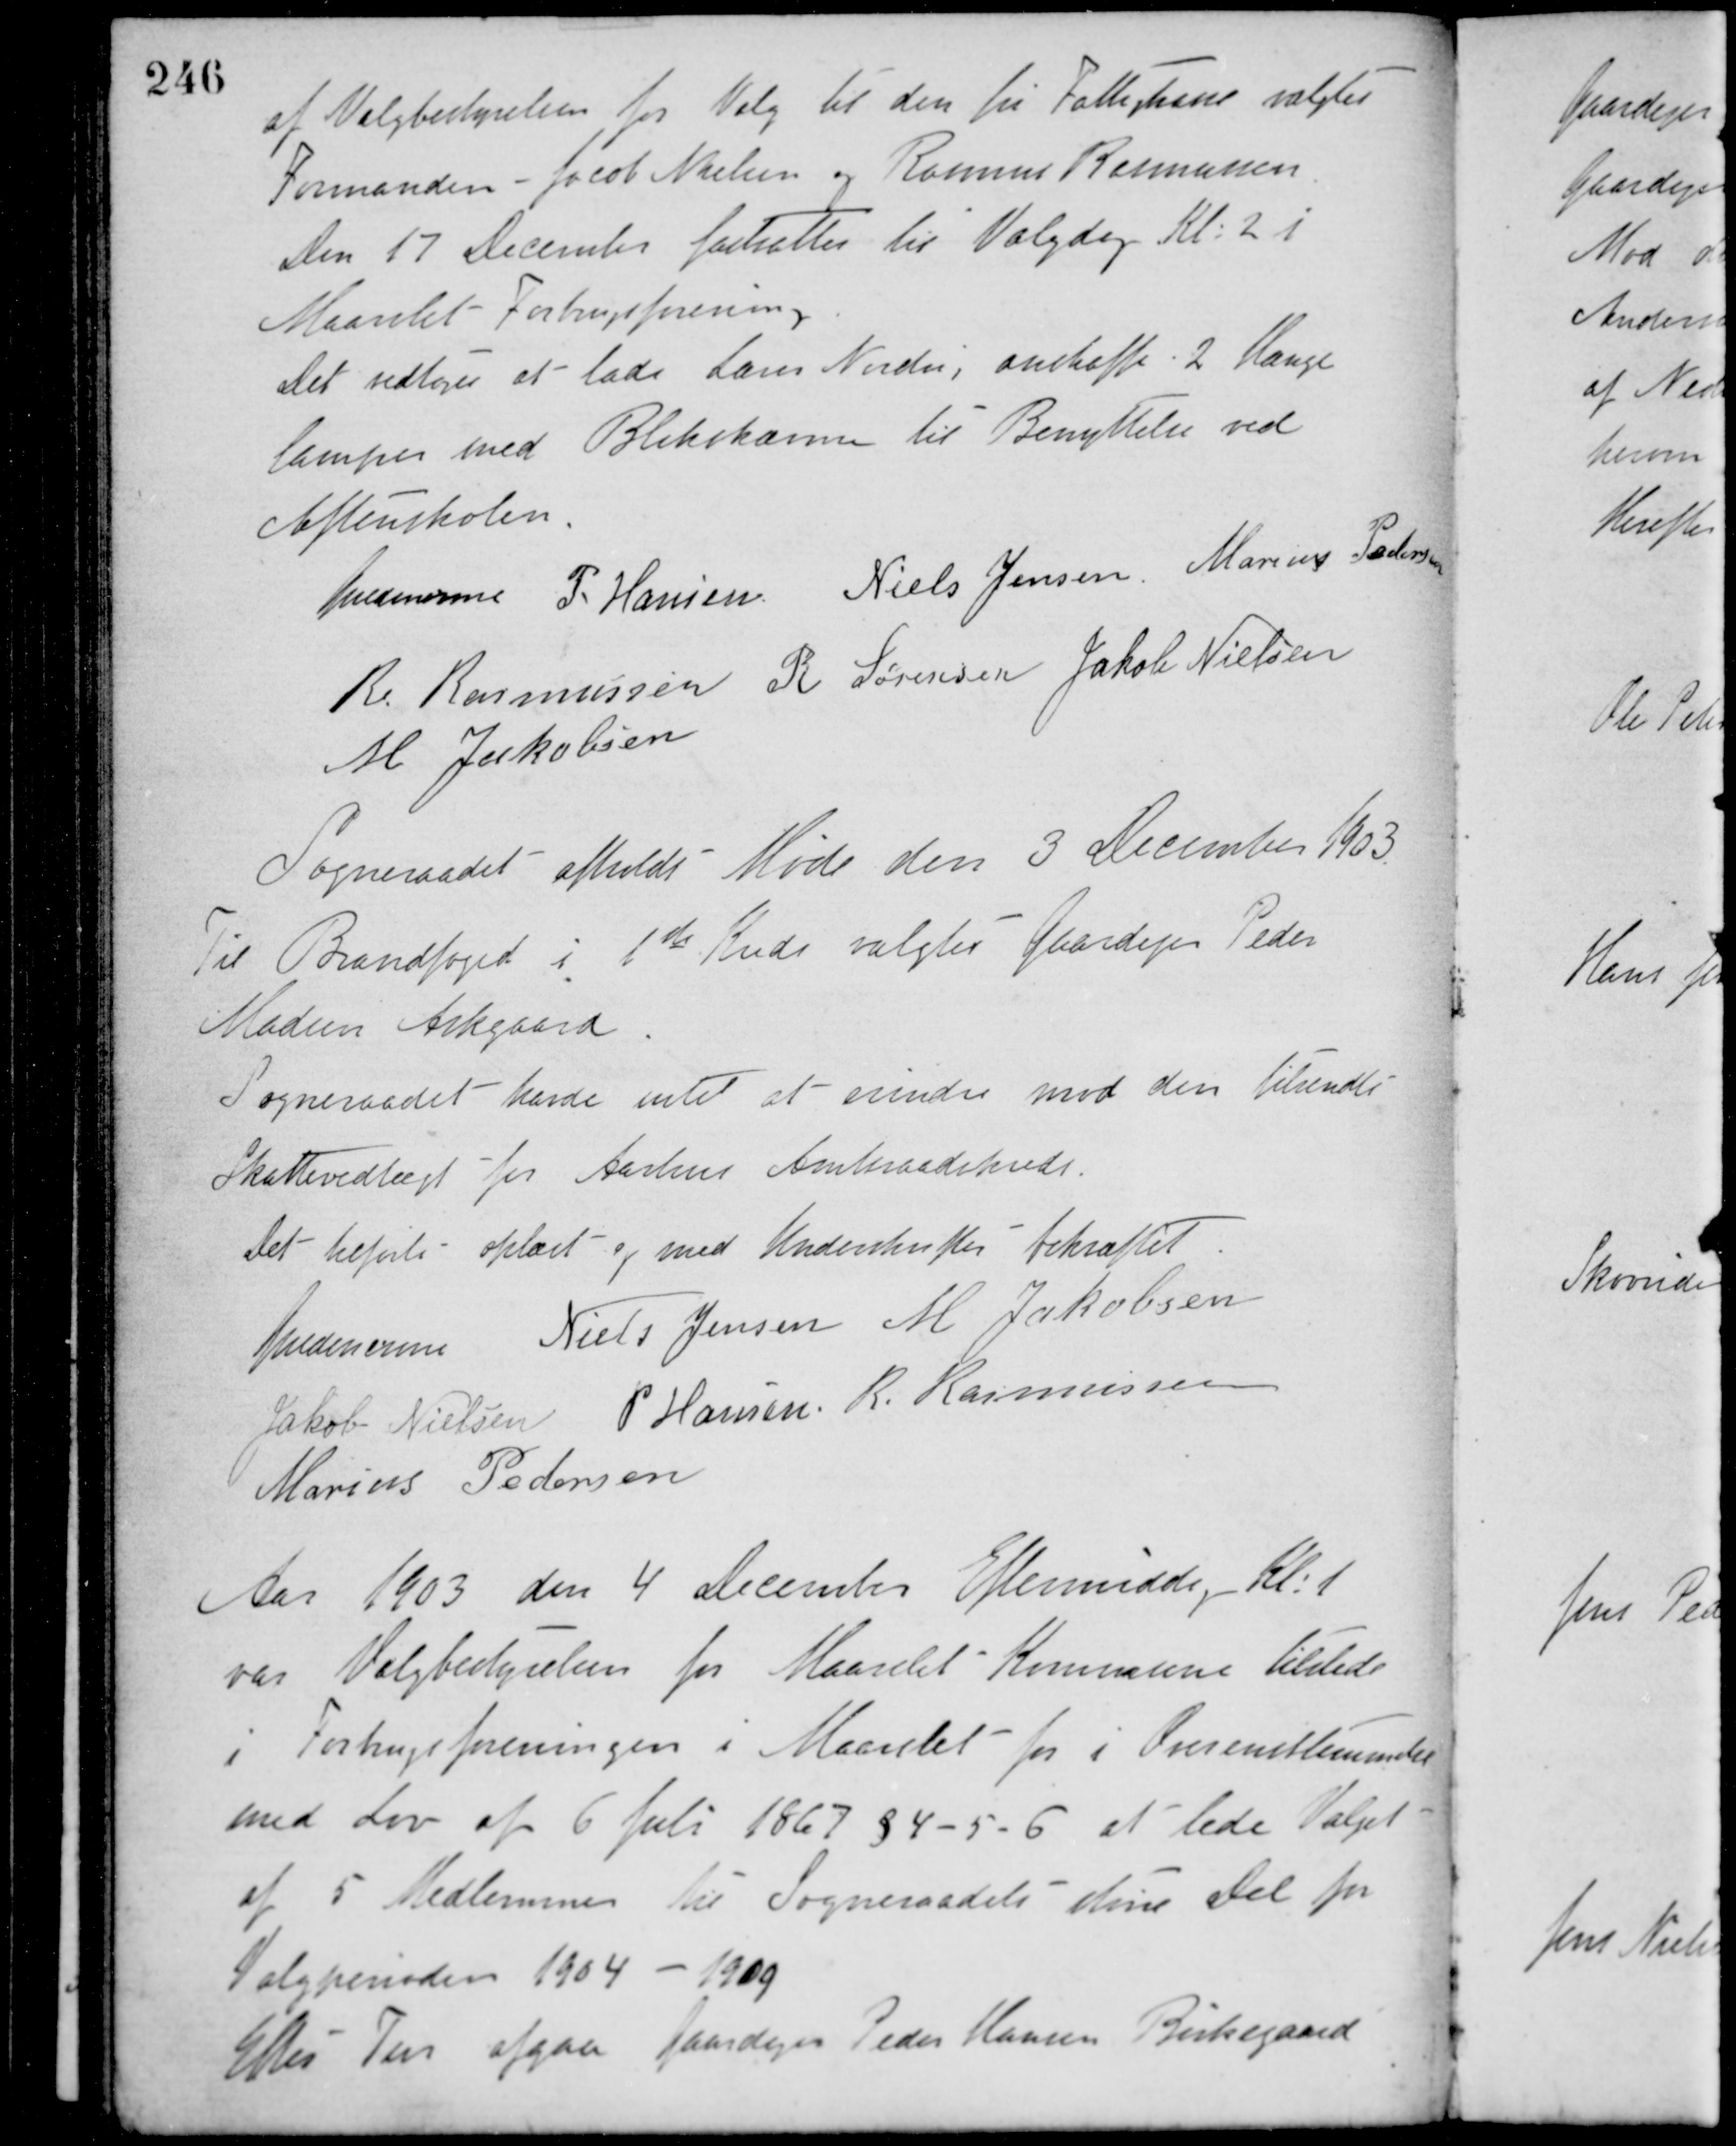
Transskription:
af Valgbestyrelsen for Valg til den fri Fattigkasse valgtes
Formanden - Jacob Nielsen og Rasmus Rasmussen.
Den 17 December fastsættes til Valgdag. Kl. 2 i
Maarslet Forbrugsforening.
Det vedtoges at lade Lærer Norder, anskaffe 2 Hænge-
lamper med Blikskærm til Benyttelse ved
Aftenskolen.
Guldencrone P. Hansen Niels Jensen, Marius Pedersen
R. Rasmussen R. Sørensen Jakob Nielsen
M. Jakobsen
Sogneraadet afholdt Møde den 3 December 1903.
Til Brandfoged i 1ste Kreds valgtes Gaardejer Peder
Madsen Askgaard.
Sogneraadet havde intet at erindre mod den tilsendte
Skattevedtægt for Aarhus Amtsraadskreds.
Det tilførte oplæst og med Underskrifter Bekræftet.
Guldencrone Niels Jensen M. Jakobsen
Jakob Nielsen P. Hansen R. Rasmussen
Marius Pedersen
Aar 1903 den 4 December Eftermiddag Kl. 1
var Valgbestyrelsen for Maarslet Kommune tilstede
i Forbrugsforeningen i Maarslet for i Overensstemmelse
med Lov af 6 Juli 1867 § 4 - 5 - 6 at lede Valget
af 5 Medlemmer til Sogneraadets større Del for
Valgperioden 1904 - 1909.
Efter Tur afgav Gaardejer Peder Hansen Birkegaard